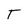
Character: T